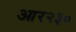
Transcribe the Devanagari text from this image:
आर२३०